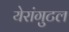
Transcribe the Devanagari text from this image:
येरांगुटल